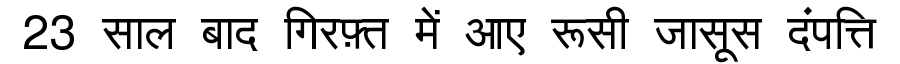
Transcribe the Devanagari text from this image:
23 साल बाद गिरफ़्त में आए रूसी जासूस दंपत्ति